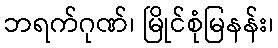
ဘရက်ဂုဏ်၊ မြိုင်စုံမြနန်း၊